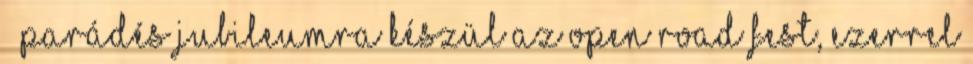
– Parádés jubileumra készül az Open Road Fest, ezerrel